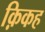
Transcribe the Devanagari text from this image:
क़िकह